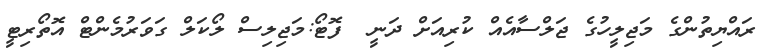
ރައްޔިތުންގެ މަޖިލީހުގެ ޖަލްސާއެއް ކުރިއަށް ދަނީ  ފޮޓޯ:މަޖިލިސް ލޯކަލް ގަވަރުމެންޓް އޮތޯރިޓީ